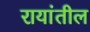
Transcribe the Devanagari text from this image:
रायांतील